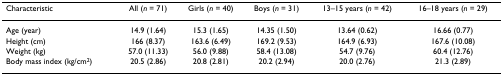
| Characteristic | All (n = 71) | Girls (n = 40) | Boys (n = 31) | 13–15 years (n = 42) | 16–18 years (n = 29) |
 | --- | --- | --- | --- | --- | --- |
 | Age (year) | 14.9 (1.64) | 15.3 (1.65) | 14.35 (1.50) | 13.64 (0.62) | 16.66 (0.77) |
 | Height (cm) | 166 (8.37) | 163.6 (6.49) | 169.2 (9.53) | 164.9 (6.93) | 167.6 (10.08) |
 | Weight (kg) | 57.0 (11.33) | 56.0 (9.88) | 58.4 (13.08) | 54.7 (9.76) | 60.4 (12.76) |
 | Body mass index (kg/cm2) | 20.5 (2.86) | 20.8 (2.81) | 20.2 (2.94) | 20.0 (2.76) | 21.3 (2.89) |